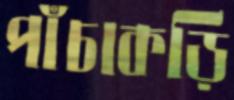
পাঁচাকড়ি